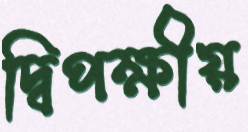
দ্বিপক্ষীয়